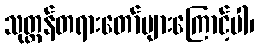
သုတ္တန်တရားတော်များကြောင့်ပါ၊